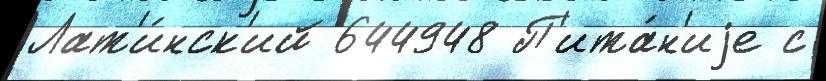
Лат'и́нск'ий 644948 П'ита́н'иjе с